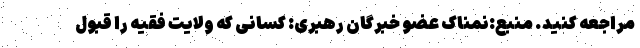
مراجعه کنید. منبع:نمناک عضو خبرگان رهبری: کسانی که ولایت فقیه را قبول